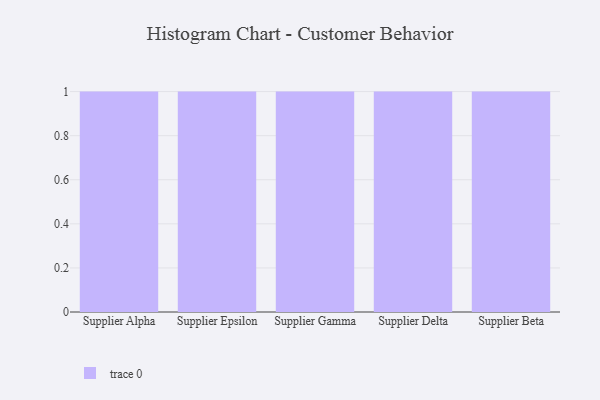
{"axis": {"x": "Supplier", "y": "Shipments"}, "legend": [""], "data": [{"x": "Supplier Alpha", "y": 3, "type": ""}, {"x": "Supplier Epsilon", "y": 25, "type": ""}, {"x": "Supplier Gamma", "y": 44, "type": ""}, {"x": "Supplier Delta", "y": 6, "type": ""}, {"x": "Supplier Beta", "y": 63, "type": ""}]}